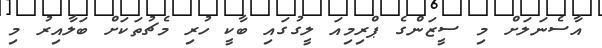
އާސެނަލަށް މި ސީޒަންގެ ޕްރިމިއަ ލީގުގައި ބާކީ ހުރި މެޗުތަކަށް ބަލާއިރު މި